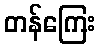
တန်ကြေး